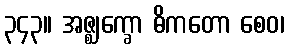
၃၄၃။ အဇ္ဈက္ခော ဓိကတော စေဝ၊